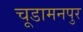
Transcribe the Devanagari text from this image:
चूडामनपुर